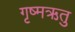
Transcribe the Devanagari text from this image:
गृष्‍मऋतु